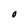
Character: O